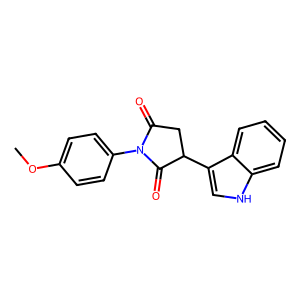
SMILES: COc1ccc(N2C(=O)CC(c3c[nH]c4ccccc34)C2=O)cc1
Inhibits HIV replication: No